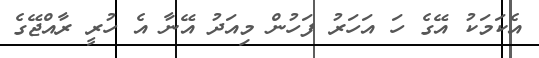
އެކަމަކު އޭގެ ހަ އަހަރު ފަހުން މިއަދު އޭނާ އެ ހުރީ ރާއްޖޭގެ